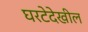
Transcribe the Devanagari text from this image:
घरटेदेखील